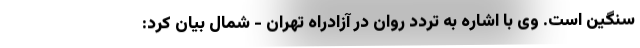
سنگین است. وی با اشاره به تردد روان در آزادراه تهران - شمال بیان کرد: